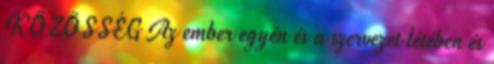
KÖZÖSSÉG Az ember egyén és a szervezet létében és